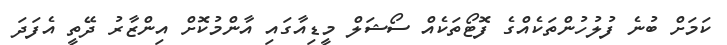
ކަމަށް ބުނެ ފުލުހުންތަކެއްގެ ފޮޓޯތަކެއް ސޯޝަލް މީޑިއާގައި އާންމުކޮށް އިންޒާރު ދޭތީ އެފަދަ